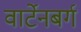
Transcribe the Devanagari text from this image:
वार्टेनबर्ग